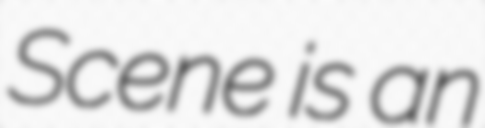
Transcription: Scene is an